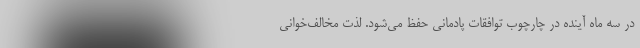
در سه ماه آینده در چارچوب توافقات پادمانی حفظ می‌شود. لذت مخالف‌خوانی